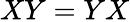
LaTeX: XY=YX